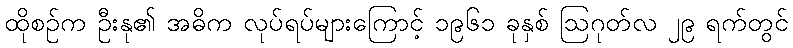
ထိုစဉ်က ဦးနု၏ အဓိက လုပ်ရပ်များကြောင့် ၁၉၆၁ ခုနှစ် ဩဂုတ်လ ၂၉ ရက်တွင်